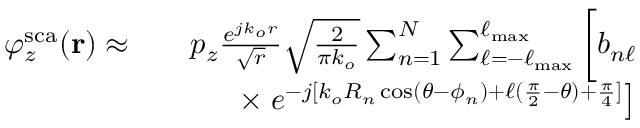
\begin{array} { r l r } { \varphi _ { z } ^ { \mathrm { s c a } } ( \mathbf { r } ) \approx } & { } & { p _ { z } \frac { e ^ { j k _ { o } r } } { \sqrt { r } } \sqrt { \frac { 2 } { \pi k _ { o } } } \sum _ { n = 1 } ^ { N } \sum _ { \ell = - \ell _ { \mathrm { m a x } } } ^ { \ell _ { \mathrm { m a x } } } \bigg [ b _ { n \ell } } \\ & { } & { \times \left. e ^ { - j [ k _ { o } R _ { n } \cos ( \theta - \phi _ { n } ) + \ell ( \frac { \pi } { 2 } - \theta ) + \frac { \pi } { 4 } ] } \right] } \end{array}